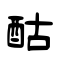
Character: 酤